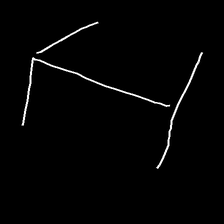
Glyph: levitation